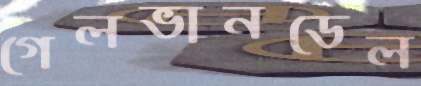
গেলভানডেল